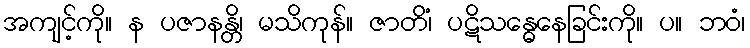
အကျင့်ကို။ န ပဇာနန္တိ၊ မသိကုန်။ ဇာတိံ၊ ပဋိသန္ဓေနေခြင်းကို။ ပ။ ဘဝံ၊